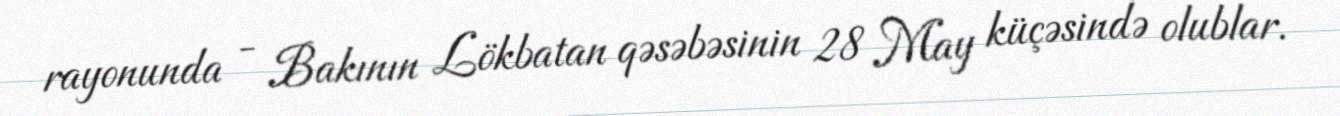
rayonunda - Bakının Lökbatan qəsəbəsinin 28 May küçəsində olublar.